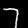
Label: 7